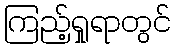
ကြည့်ရှုရာတွင်